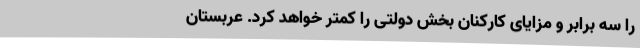
را سه برابر و مزایای کارکنان بخش دولتی را کمتر خواهد کرد. عربستان